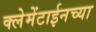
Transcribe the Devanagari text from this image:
क्लेमेंटाईनच्या